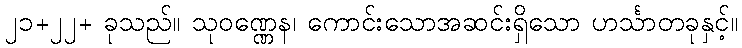
၂၁+၂၂+ ခုသည်။ သုဝဏ္ဏေန၊ ကောင်းသောအဆင်းရှိသော ဟင်္သာတခုနှင့်။